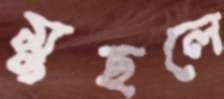
মুছলে